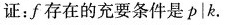
证：f存在的充要条件是p | k .